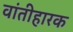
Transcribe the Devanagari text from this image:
वांतीहारक